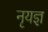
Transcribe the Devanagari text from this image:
नृयज्ञ